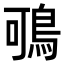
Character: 𪀉